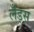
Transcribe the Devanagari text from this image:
लँड्स